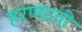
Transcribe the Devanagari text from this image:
हरण्याची